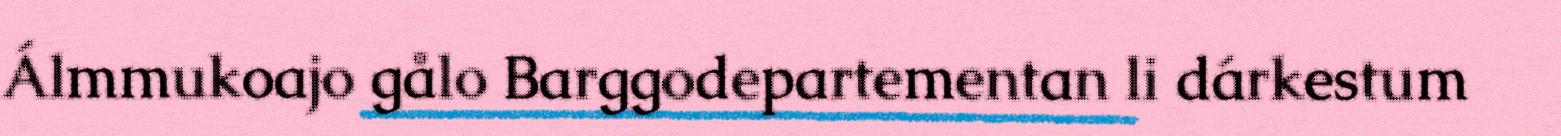
Álmmukoajo gålo Barggodepartementan li dárkestum